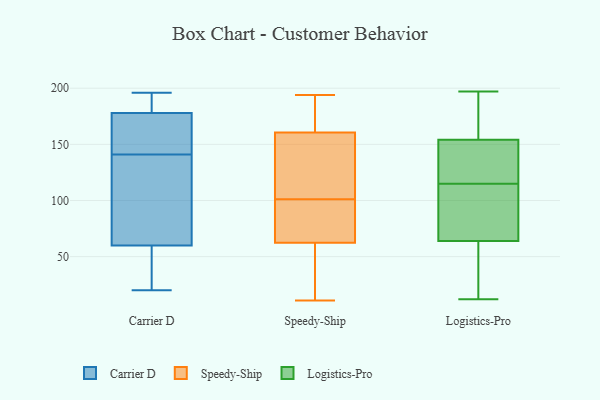
{"axis": {"x": "Shipments", "y": "Value"}, "legend": ["Carrier D", "Logistics-Pro", "Speedy-Ship"], "data": [{"x": "", "y": 176, "type": "Carrier D"}, {"x": "", "y": 180, "type": "Carrier D"}, {"x": "", "y": 147, "type": "Carrier D"}, {"x": "", "y": 186, "type": "Carrier D"}, {"x": "", "y": 120, "type": "Carrier D"}, {"x": "", "y": 75, "type": "Carrier D"}, {"x": "", "y": 101, "type": "Carrier D"}, {"x": "", "y": 135, "type": "Carrier D"}, {"x": "", "y": 195, "type": "Carrier D"}, {"x": "", "y": 31, "type": "Carrier D"}, {"x": "", "y": 20, "type": "Carrier D"}, {"x": "", "y": 44, "type": "Carrier D"}, {"x": "", "y": 158, "type": "Carrier D"}, {"x": "", "y": 161, "type": "Carrier D"}, {"x": "", "y": 196, "type": "Carrier D"}, {"x": "", "y": 45, "type": "Carrier D"}, {"x": "", "y": 101, "type": "Speedy-Ship"}, {"x": "", "y": 184, "type": "Speedy-Ship"}, {"x": "", "y": 128, "type": "Speedy-Ship"}, {"x": "", "y": 194, "type": "Speedy-Ship"}, {"x": "", "y": 58, "type": "Speedy-Ship"}, {"x": "", "y": 11, "type": "Speedy-Ship"}, {"x": "", "y": 30, "type": "Speedy-Ship"}, {"x": "", "y": 75, "type": "Speedy-Ship"}, {"x": "", "y": 182, "type": "Speedy-Ship"}, {"x": "", "y": 141, "type": "Speedy-Ship"}, {"x": "", "y": 91, "type": "Speedy-Ship"}, {"x": "", "y": 140, "type": "Speedy-Ship"}, {"x": "", "y": 87, "type": "Speedy-Ship"}, {"x": "", "y": 147, "type": "Speedy-Ship"}, {"x": "", "y": 165, "type": "Speedy-Ship"}, {"x": "", "y": 57, "type": "Speedy-Ship"}, {"x": "", "y": 100, "type": "Speedy-Ship"}, {"x": "", "y": 186, "type": "Speedy-Ship"}, {"x": "", "y": 53, "type": "Speedy-Ship"}, {"x": "", "y": 12, "type": "Logistics-Pro"}, {"x": "", "y": 145, "type": "Logistics-Pro"}, {"x": "", "y": 158, "type": "Logistics-Pro"}, {"x": "", "y": 117, "type": "Logistics-Pro"}, {"x": "", "y": 154, "type": "Logistics-Pro"}, {"x": "", "y": 64, "type": "Logistics-Pro"}, {"x": "", "y": 193, "type": "Logistics-Pro"}, {"x": "", "y": 83, "type": "Logistics-Pro"}, {"x": "", "y": 27, "type": "Logistics-Pro"}, {"x": "", "y": 83, "type": "Logistics-Pro"}, {"x": "", "y": 197, "type": "Logistics-Pro"}, {"x": "", "y": 106, "type": "Logistics-Pro"}, {"x": "", "y": 113, "type": "Logistics-Pro"}, {"x": "", "y": 33, "type": "Logistics-Pro"}, {"x": "", "y": 46, "type": "Logistics-Pro"}, {"x": "", "y": 118, "type": "Logistics-Pro"}, {"x": "", "y": 139, "type": "Logistics-Pro"}, {"x": "", "y": 187, "type": "Logistics-Pro"}]}